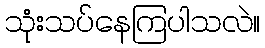
သုံးသပ်နေကြပါသလဲ။